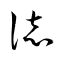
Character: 誌